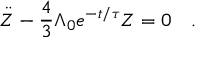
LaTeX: \ddot { Z } - \frac { 4 } { 3 } \Lambda _ { 0 } e ^ { - t / \tau } Z = 0 \quad .